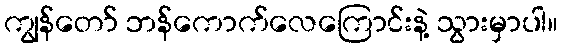
ကျွန်တော် ဘန်ကောက်လေကြောင်းနဲ့ သွားမှာပါ။